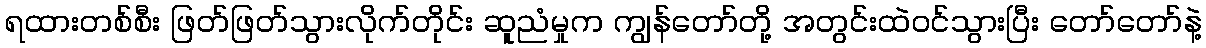
ရထားတစ်စီး ဖြတ်ဖြတ်သွားလိုက်တိုင်း ဆူညံမှုက ကျွန်တော်တို့ အတွင်းထဲဝင်သွားပြီး တော်တော်နဲ့